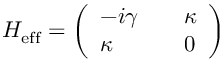
H _ { \mathrm { e f f } } = \left( \begin{array} { l l l } { - i \gamma } & { } & { \kappa } \\ { \kappa } & { } & { 0 } \end{array} \right)